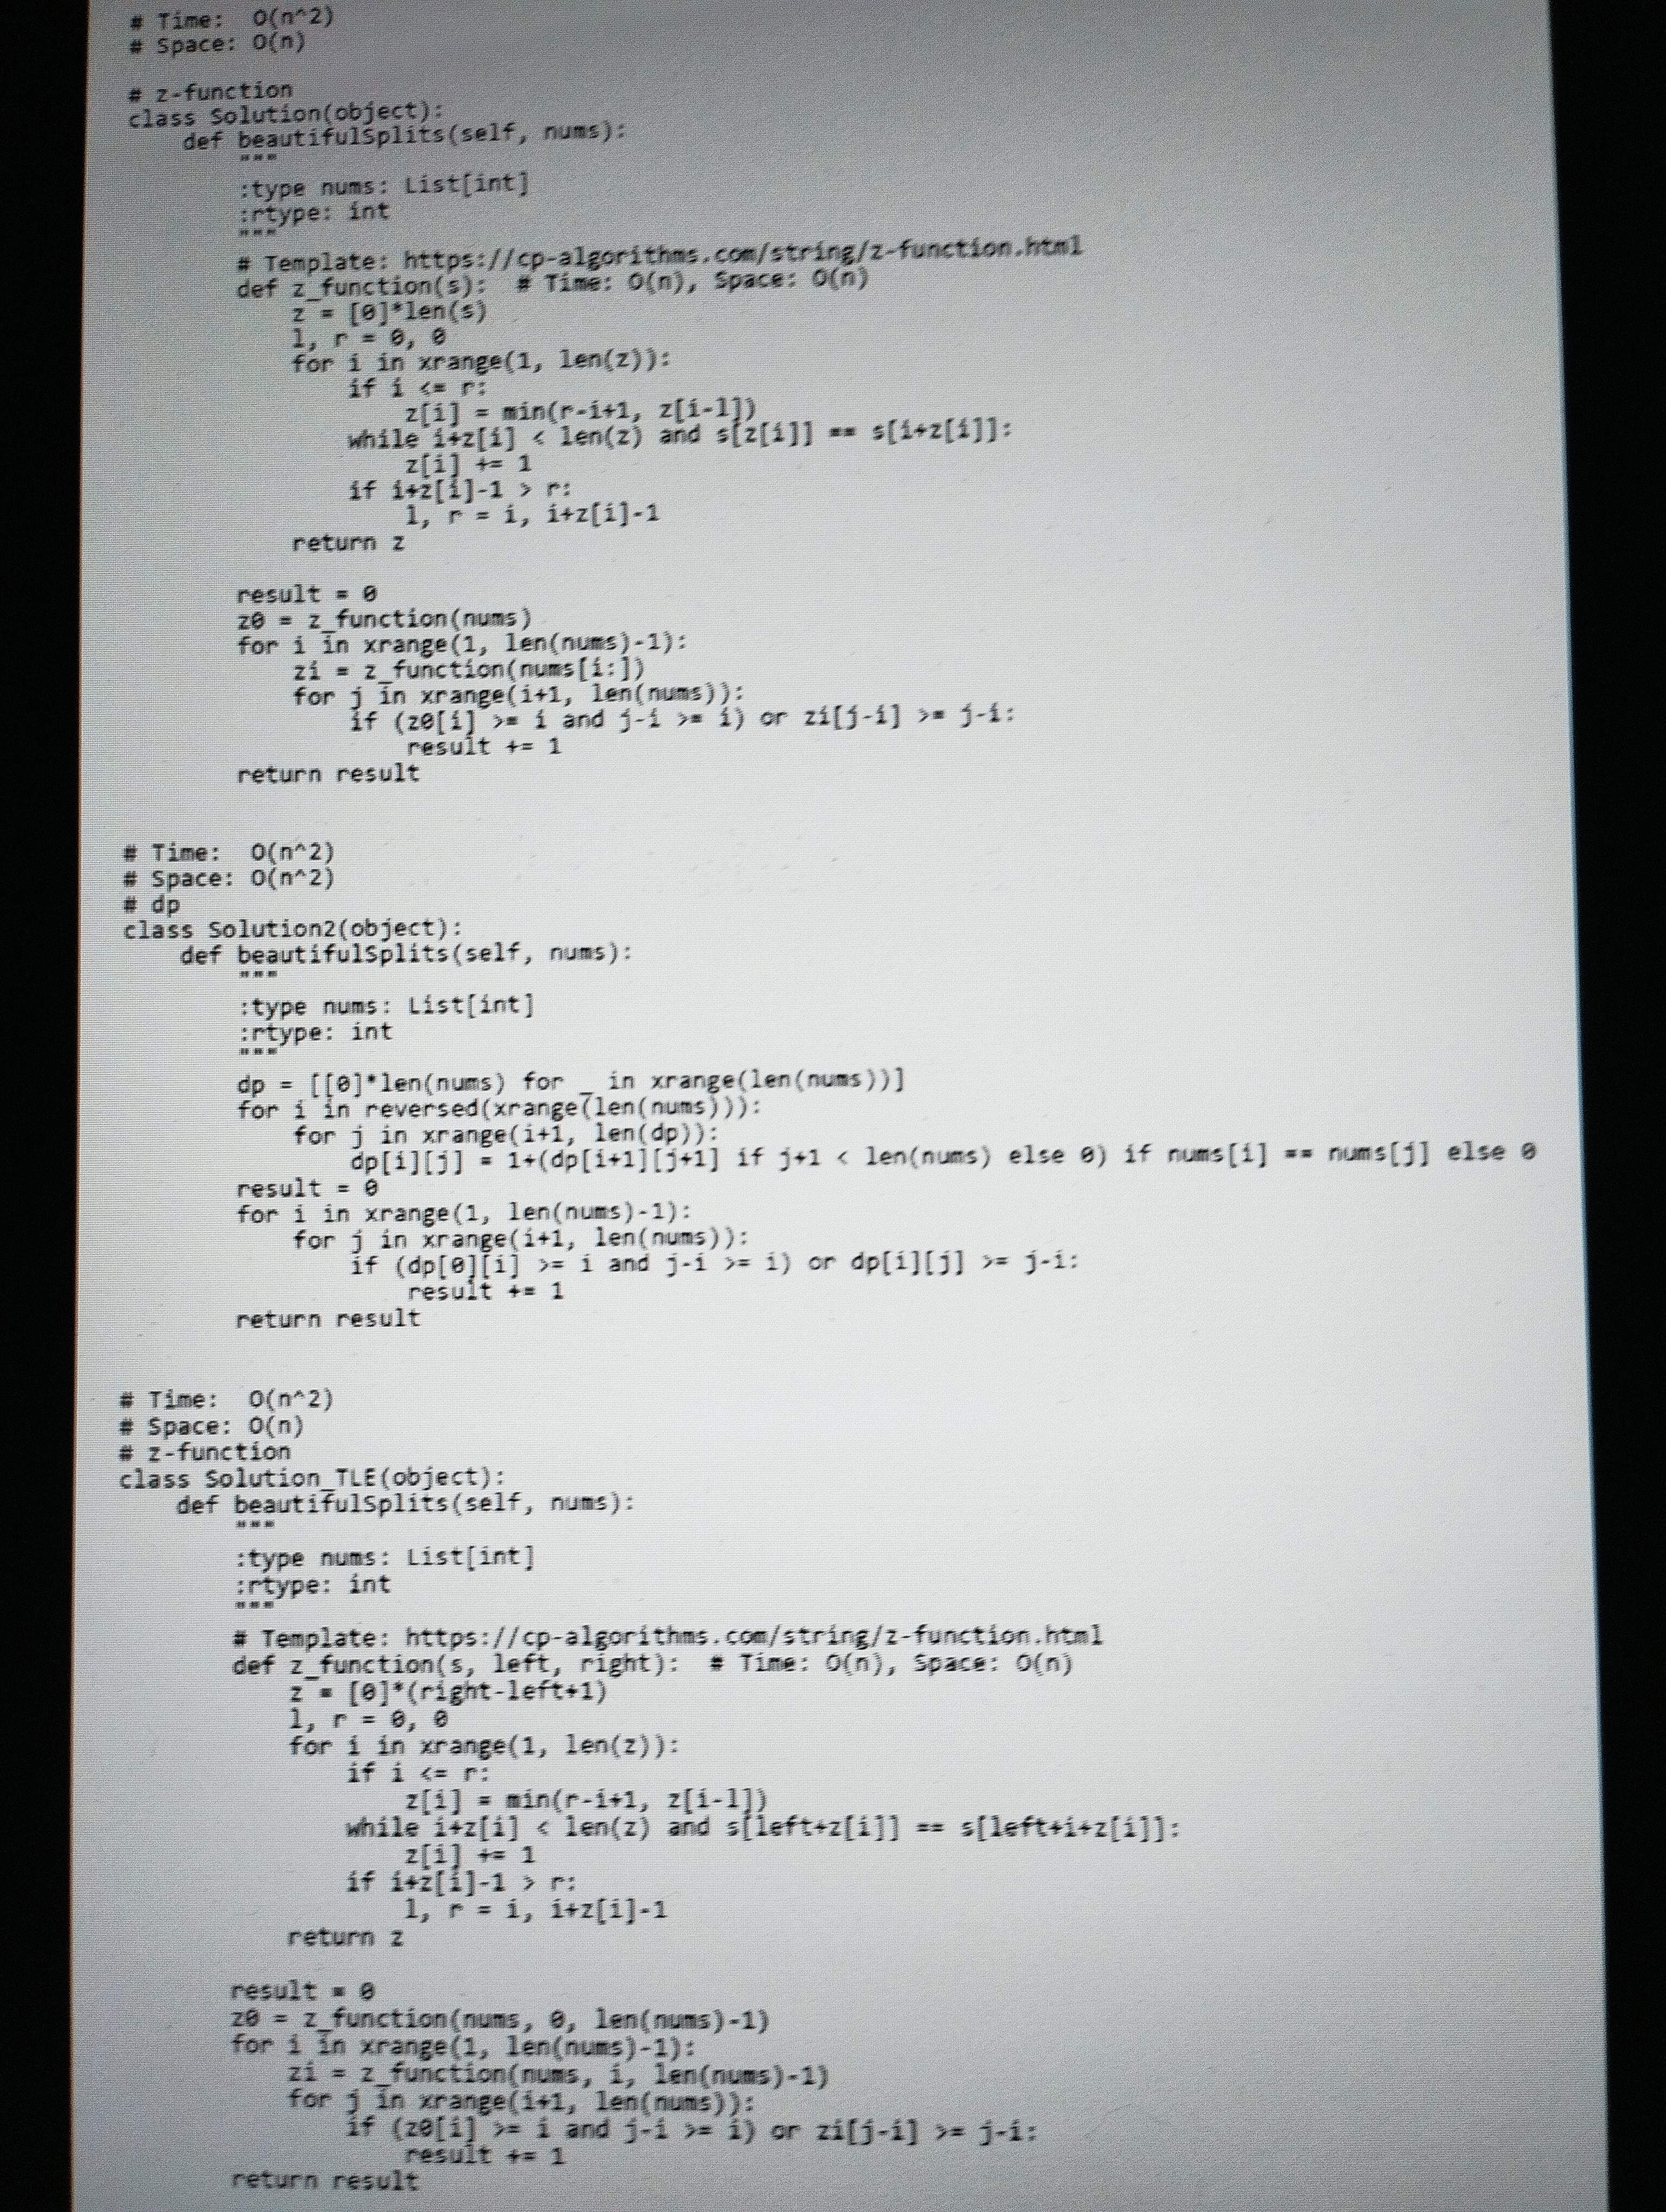
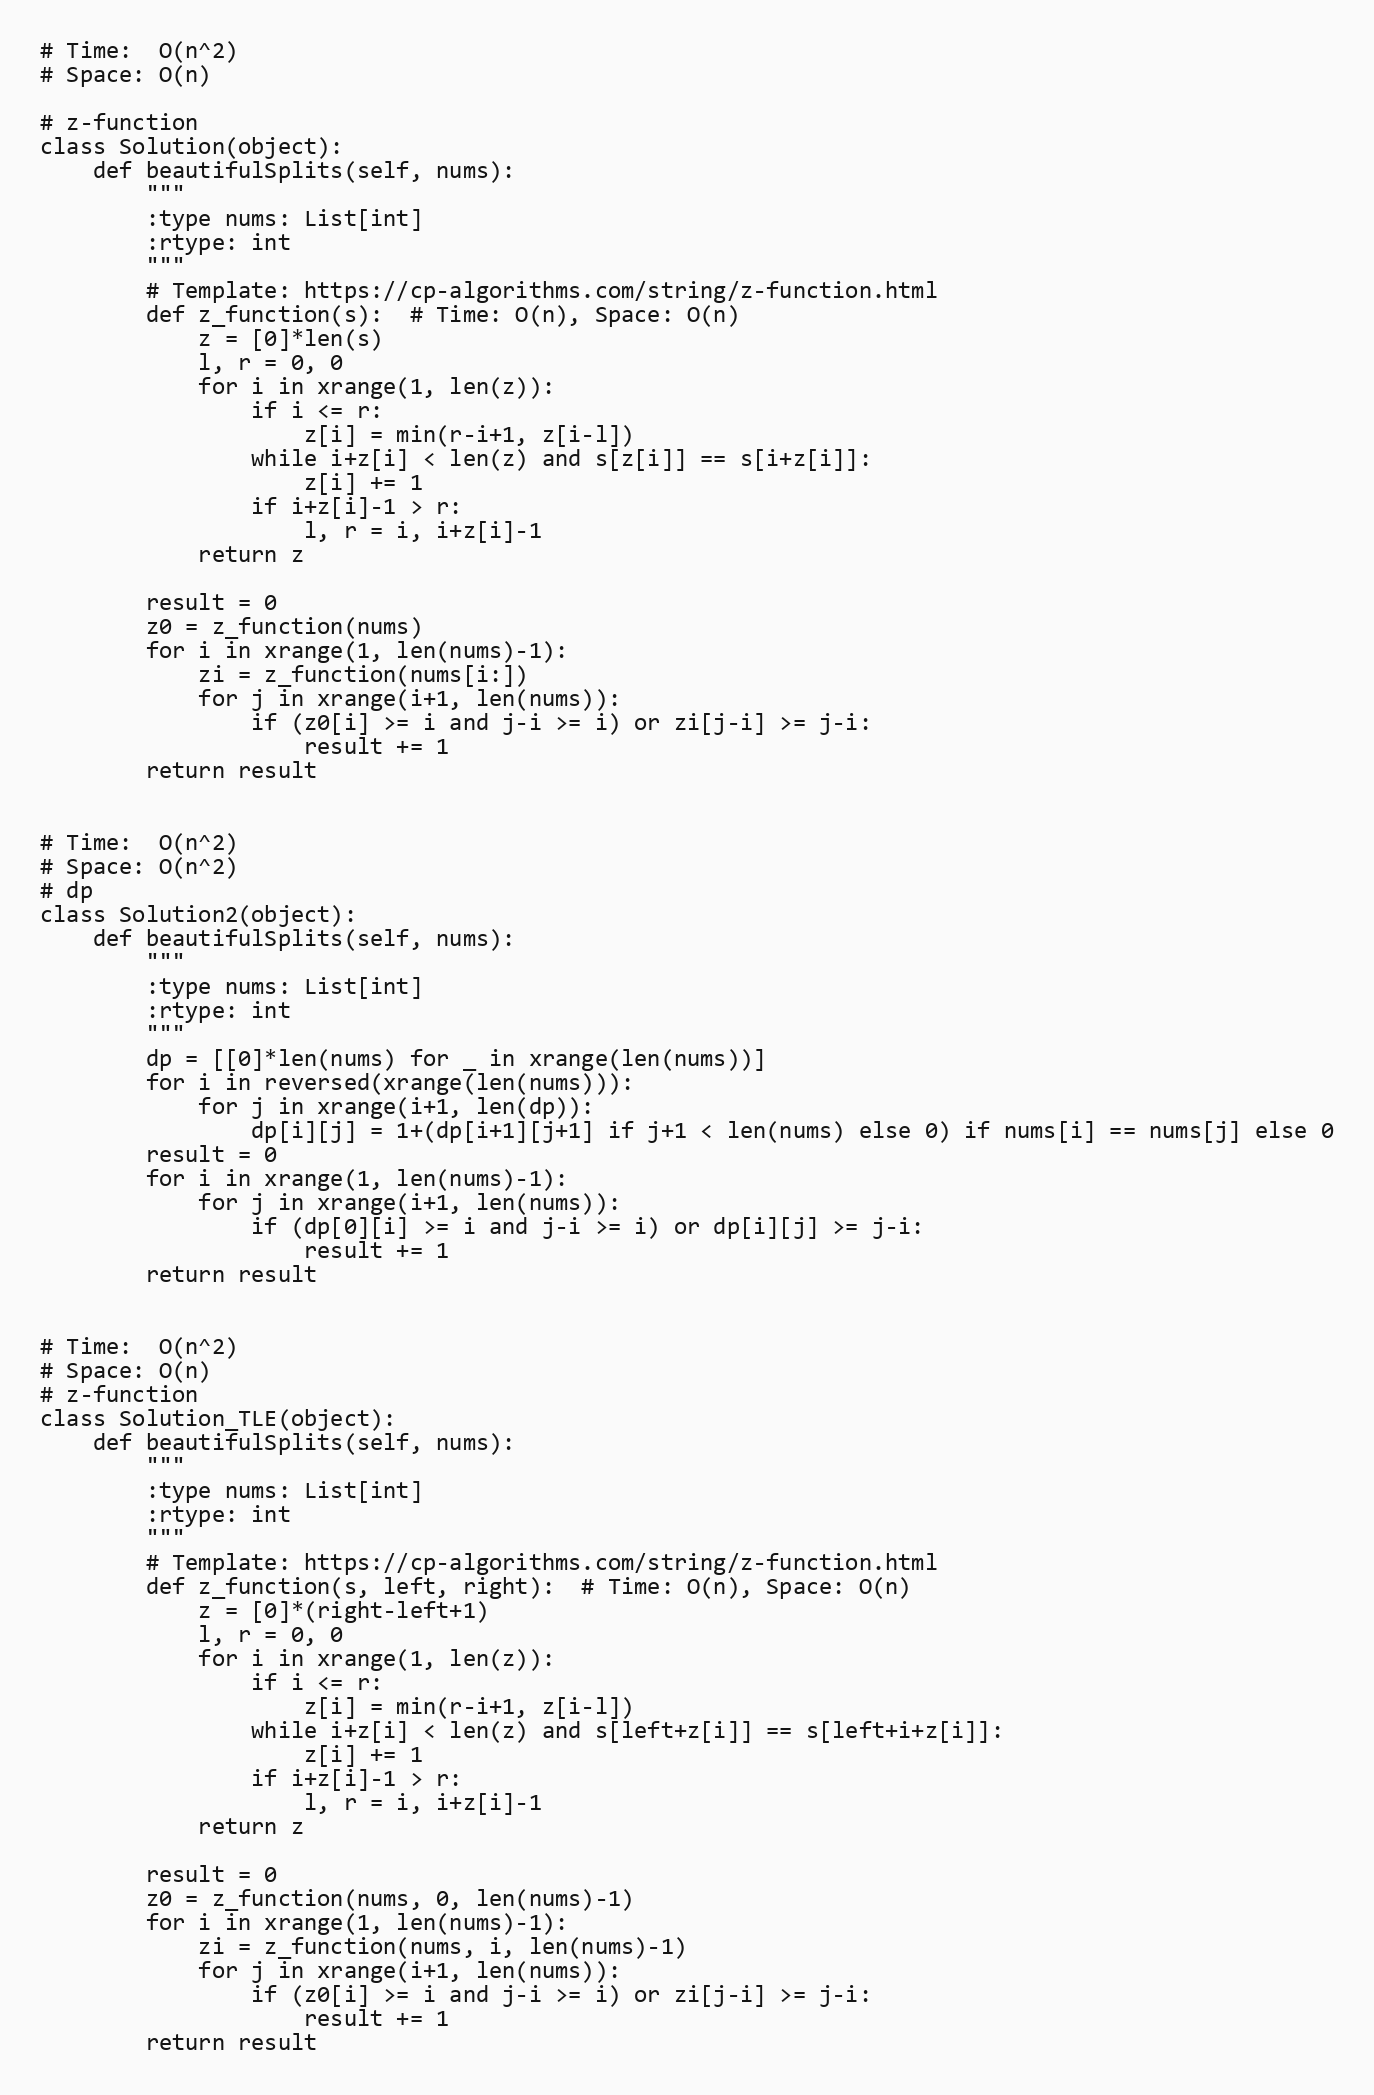
# Time:  O(n^2)
# Space: O(n)

# z-function
class Solution(object):
    def beautifulSplits(self, nums):
        """
        :type nums: List[int]
        :rtype: int
        """
        # Template: https://cp-algorithms.com/string/z-function.html
        def z_function(s):  # Time: O(n), Space: O(n)
            z = [0]*len(s)
            l, r = 0, 0
            for i in xrange(1, len(z)):
                if i <= r:
                    z[i] = min(r-i+1, z[i-l])
                while i+z[i] < len(z) and s[z[i]] == s[i+z[i]]:
                    z[i] += 1
                if i+z[i]-1 > r:
                    l, r = i, i+z[i]-1
            return z

        result = 0
        z0 = z_function(nums)
        for i in xrange(1, len(nums)-1):
            zi = z_function(nums[i:])
            for j in xrange(i+1, len(nums)):
                if (z0[i] >= i and j-i >= i) or zi[j-i] >= j-i:
                    result += 1
        return result

# Time:  O(n^2)
# Space: O(n^2)
# dp
class Solution2(object):
    def beautifulSplits(self, nums):
        """
        :type nums: List[int]
        :rtype: int
        """
        dp = [[0]*len(nums) for _ in xrange(len(nums))]
        for i in reversed(xrange(len(nums))):
            for j in xrange(i+1, len(dp)):
                dp[i][j] = 1+(dp[i+1][j+1] if j+1 < len(nums) else 0) if nums[i] == nums[j] else 0
        result = 0
        for i in xrange(1, len(nums)-1):
            for j in xrange(i+1, len(nums)):
                if (dp[0][i] >= i and j-i >= i) or dp[i][j] >= j-i:
                    result += 1
        return result

# Time:  O(n^2)
# Space: O(n)
# z-function
class Solution_TLE(object):
    def beautifulSplits(self, nums):
        """
        :type nums: List[int]
        :rtype: int
        """
        # Template: https://cp-algorithms.com/string/z-function.html
        def z_function(s, left, right):  # Time: O(n), Space: O(n)
            z = [0]*(right-left+1)
            l, r = 0, 0
            for i in xrange(1, len(z)):
                if i <= r:
                    z[i] = min(r-i+1, z[i-l])
                while i+z[i] < len(z) and s[left+z[i]] == s[left+i+z[i]]:
                    z[i] += 1
                if i+z[i]-1 > r:
                    l, r = i, i+z[i]-1
            return z

        result = 0
        z0 = z_function(nums, 0, len(nums)-1)
        for i in xrange(1, len(nums)-1):
            zi = z_function(nums, i, len(nums)-1)
            for j in xrange(i+1, len(nums)):
                if (z0[i] >= i and j-i >= i) or zi[j-i] >= j-i:
                    result += 1
        return result